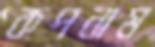
কপনাম